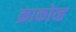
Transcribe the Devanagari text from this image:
क्राकोव्ह